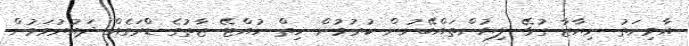
އާމިނަތު ނިޔާޒާ ގުޅޭ ލިޔުންތައްބޭނުން ކުރުމުން ހިިތް ހުއްޓޭ ޒާތުގެ ޑްރަގެއް ދައުރުވަމުން